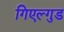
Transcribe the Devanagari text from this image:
गिएल्गुड